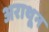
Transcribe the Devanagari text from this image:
अराथून